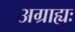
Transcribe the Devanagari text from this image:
अग्राह्यः